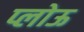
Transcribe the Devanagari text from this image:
प्लोऊ